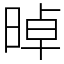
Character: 晫